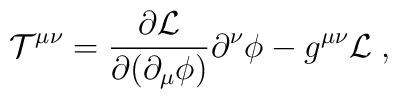
{\cal T}^{\mu\nu}= \frac{\partial {\cal L}}{\partial (\partial_\mu\phi)}  \partial^\nu \phi - g^{\mu\nu} {\cal L} \; ,